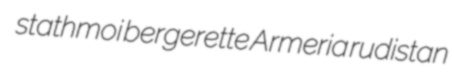
stathmoi bergerette Armeria rudistan